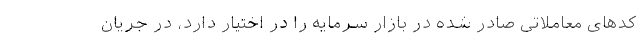
کدهای معاملاتی صادر شده در بازار سرمایه را در اختیار دارد، در جریان